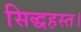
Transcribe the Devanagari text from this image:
सिद्धहस्त।